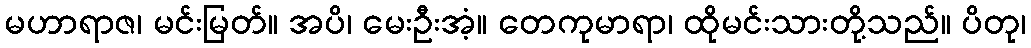
မဟာရာဇ၊ မင်းမြတ်။ အပိ၊ မေးဦးအံ့။ တေကုမာရာ၊ ထိုမင်းသားတို့သည်။ ပိတု၊